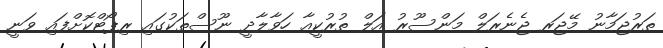
ތަރުޖަމާނު މޭޖަރ ޖެނެރަލް މަންސޫރު އަލް ތުރުކީއާ ހަވާލާދީ ނޫސްތަކުގައި ރިޕޯޓްކޮށްފައި ވަނީ